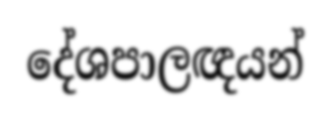
දේශපාලඥයන්